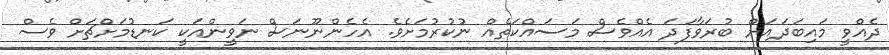
ދެއްވީ މައިބަދައަށް ބުރަވާފަދަ އެއްވެސް މަސައްކަތެއް ނުކުރުމަށެވެ. އެހެންނޫނަސް ނަވީންއަކީ ކަނޑުމަށްޗަށް ވެސް